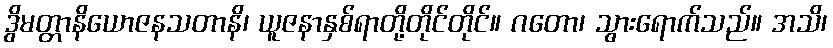
ဒွိမတ္တာနိယောဇနသတာနိ၊ ယူဇနာနှစ်ရာတို့တိုင်တိုင်။ ဂတော၊ သွားရောက်သည်။ အသိ၊